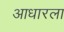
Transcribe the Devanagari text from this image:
आधारला